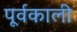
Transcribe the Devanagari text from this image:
पूर्वकाली